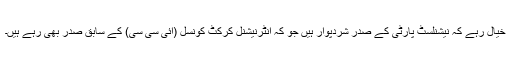
خیال رہے کہ نیشنلسٹ پارٹی کے صدر شردپوار ہیں جو کہ انٹرنیشنل کرکٹ کونسل (آئی سی سی) کے سابق صدر بھی رہے ہیں۔